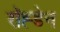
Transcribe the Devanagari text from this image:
रॉह्डेन